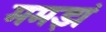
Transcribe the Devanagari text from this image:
ममझं